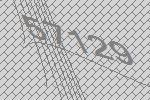
57129